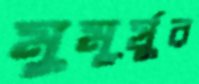
মুমূর্ষুর